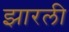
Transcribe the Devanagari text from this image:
झारली